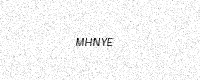
Text: MHNYE